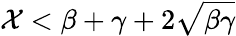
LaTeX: \mathcal{X}<\beta+\gamma+2\sqrt{\beta\gamma}